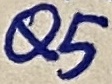
Text: Q5